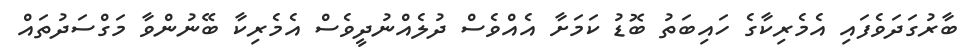
ބާރުގަދަވެފައި އެމެރިކާގެ ހައިބަތު ބޮޑު ކަމަށާ އެއްވެސް ދުލެއްނުދީވެސް އެމެރިކާ ބޭނުންވާ މަގްސަދުތައް